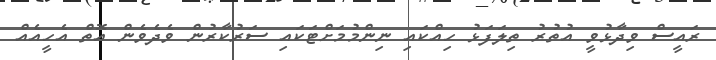
ރައީސް ވިދާޅުވީ އުތުރު ތިލަފަޅު ހިއްކައި ނިންމުމަށްޓަކައި ސަރުކާރުން ވެދެވެން އޮތް އެހީއެއް